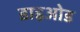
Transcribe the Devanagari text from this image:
डाइओड